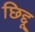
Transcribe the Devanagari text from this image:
छिद्दू